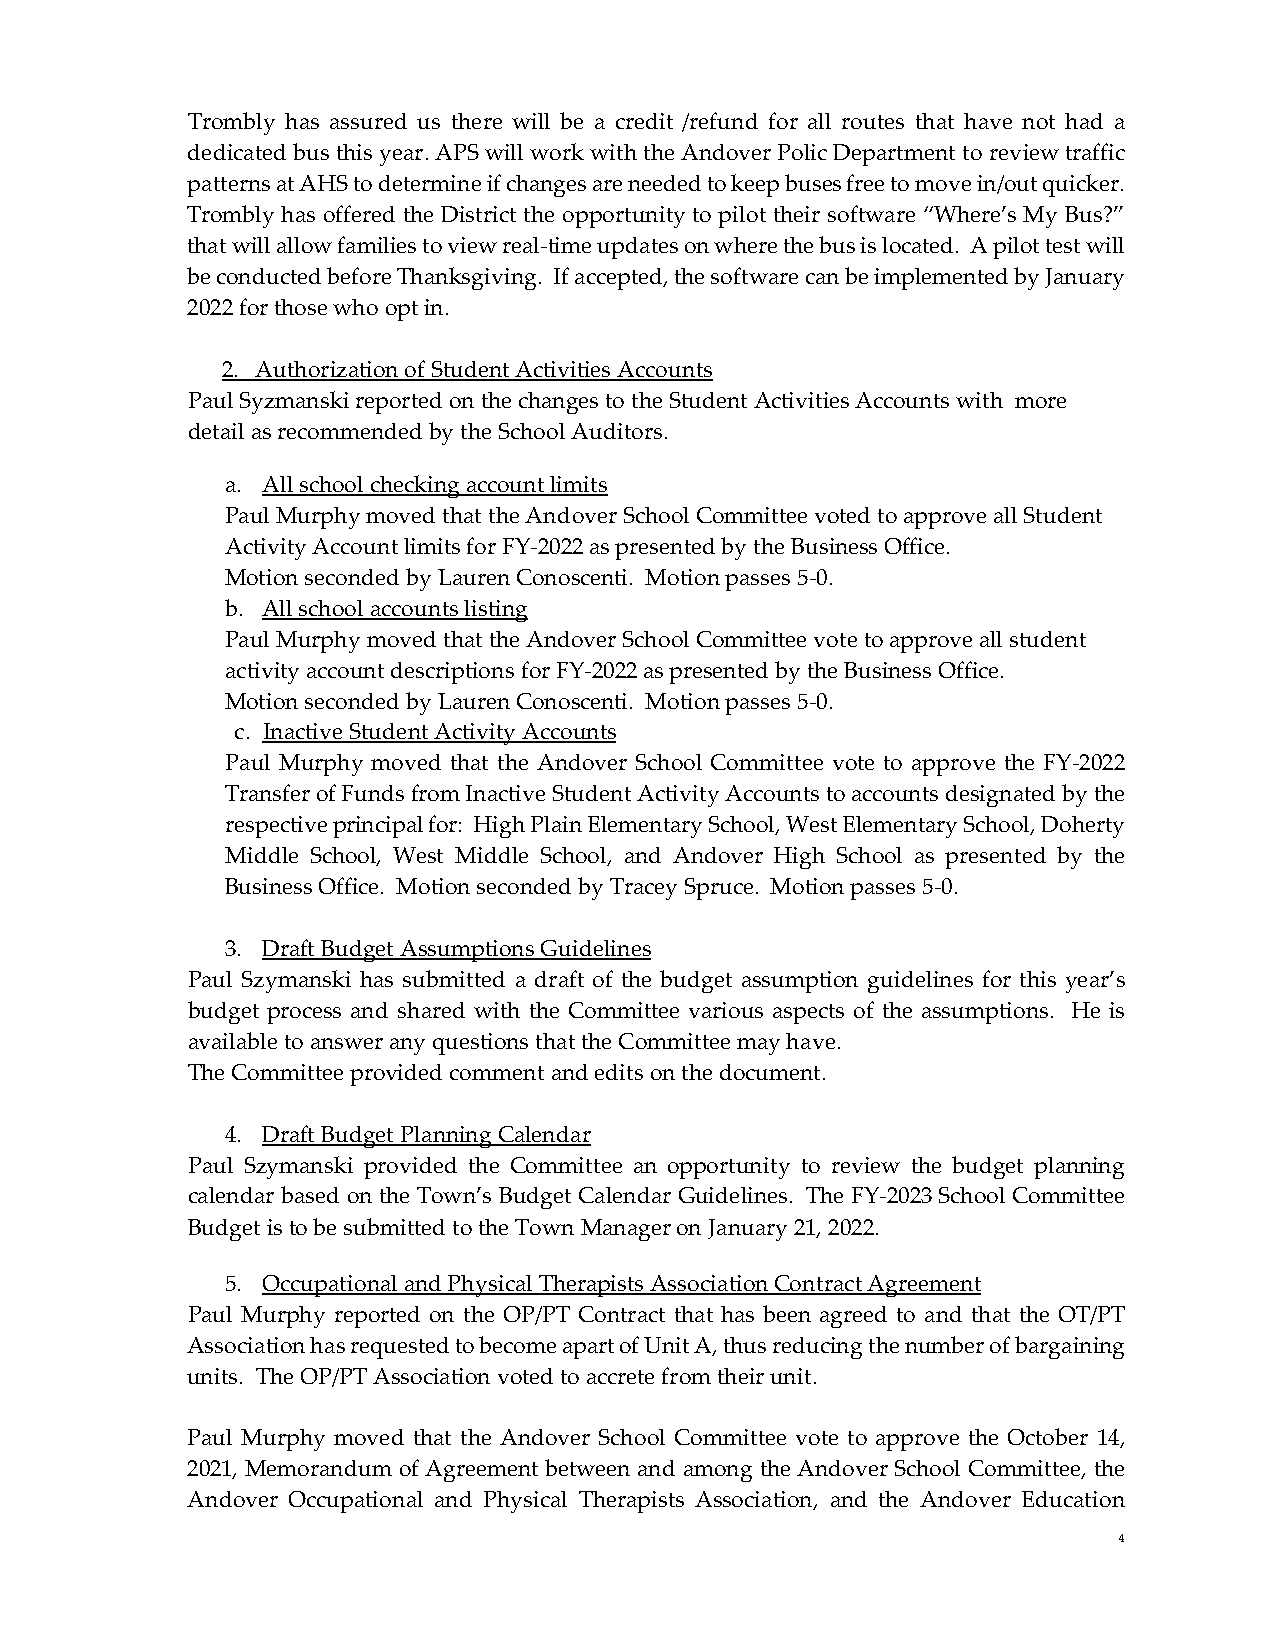
Trombly has assured us there will be a credit /refund for all routes that have not had a
 dedicated bus this year. APS will work with the Andover Polic Department to review traffic
 patterns at AHS to determine if changes are needed to keep buses free to move in/out quicker.
 Trombly has offered the District the opportunity to pilot their software “Where’s My Bus?”
 that will allow families to view real-time updates on where the bus is located. A pilot test will
 be conducted before Thanksgiving. If accepted, the software can be implemented by January
 2022 for those who opt in.
 2. Authorization of Student Activities Accounts
 Paul Syzmanski reported on the changes to the Student Activities Accounts with more
 detail as recommended by the School Auditors.
 a. All school checking account limits
 Paul Murphy moved that the Andover School Committee voted to approve all Student
 Activity Account limits for FY-2022 as presented by the Business Office.
 Motion seconded by Lauren Conoscenti. Motion passes 5-0.
 b. All school accounts listing
 Paul Murphy moved that the Andover School Committee vote to approve all student
 activity account descriptions for FY-2022 as presented by the Business Office.
 Motion seconded by Lauren Conoscenti. Motion passes 5-0.
 c. Inactive Student Activity Accounts
 Paul Murphy moved that the Andover School Committee vote to approve the FY-2022
 Transfer of Funds from Inactive Student Activity Accounts to accounts designated by the
 respective principal for: High Plain Elementary School, West Elementary School, Doherty
 Middle School, West Middle School, and Andover High School as presented by the
 Business Office. Motion seconded by Tracey Spruce. Motion passes 5-0.
 3. Draft Budget Assumptions Guidelines
 Paul Szymanski has submitted a draft of the budget assumption guidelines for this year’s
 budget process and shared with the Committee various aspects of the assumptions. He is
 available to answer any questions that the Committee may have.
 The Committee provided comment and edits on the document.
 4. Draft Budget Planning Calendar
 Paul Szymanski provided the Committee an opportunity to review the budget planning
 calendar based on the Town’s Budget Calendar Guidelines. The FY-2023 School Committee
 Budget is to be submitted to the Town Manager on January 21, 2022.
 5. Occupational and Physical Therapists Association Contract Agreement
 Paul Murphy reported on the OP/PT Contract that has been agreed to and that the OT/PT
 Association has requested to become apart of Unit A, thus reducing the number of bargaining
 units. The OP/PT Association voted to accrete from their unit.
 Paul Murphy moved that the Andover School Committee vote to approve the October 14,
 2021, Memorandum of Agreement between and among the Andover School Committee, the
 Andover Occupational and Physical Therapists Association, and the Andover Education
 4